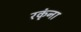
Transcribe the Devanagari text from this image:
रकृंना